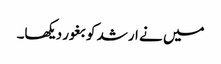
میں نے ارشد کو بغور دیکھا۔